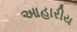
આહારીય